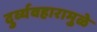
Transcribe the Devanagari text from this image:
दुर्व्यवहारामुळे